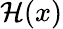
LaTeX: \mathcal{H}(x)